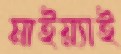
মাইয়্যাই